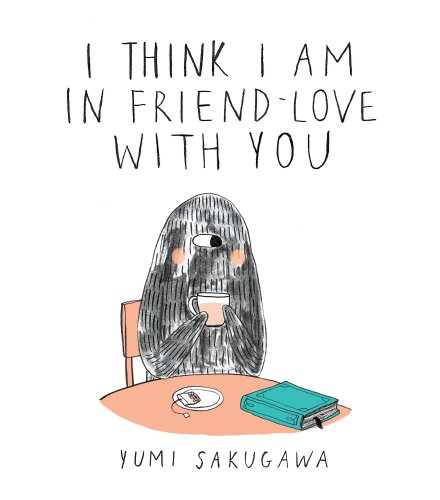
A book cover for I Think I Am In Friend-Love With You; Yumi Sakugawa; Humor & Entertainment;